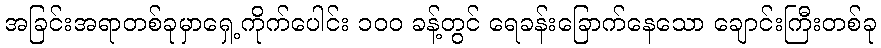
အခြင်းအရာတစ်ခုမှာရှေ့ကိုက်ပေါင်း ၁၀၀ ခန့်တွင် ရေခန်းခြောက်နေသော ချောင်းကြီးတစ်ခု